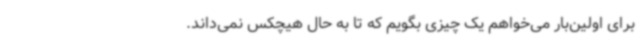
برای اولین‌بار می‌خواهم یک چیزی بگویم که تا به حال هیچکس نمی‌داند.